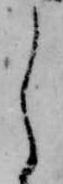
し